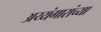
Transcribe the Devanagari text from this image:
अय्यंगारांच्या